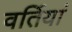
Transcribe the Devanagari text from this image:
वर्तियां